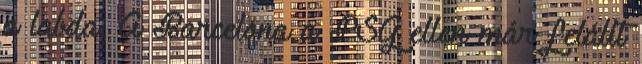
a labda. A Barcelona a PSG ellen már felállt